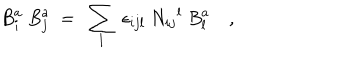
LaTeX: { B } _ { i } ^ { a } \ { B } _ { j } ^ { a } \ = \ \sum _ { l } \ \epsilon _ { i j l } \ { N _ { i j } } ^ { l } \ { B } _ { l } ^ { a } \quad ,